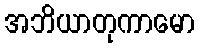
အဘိယာတုကာမော